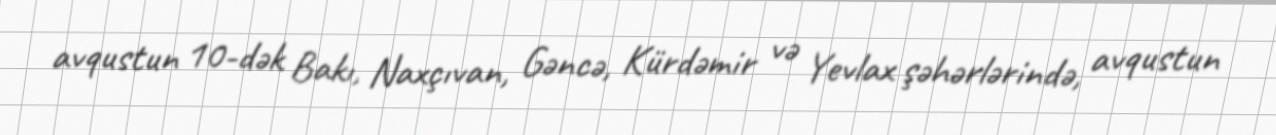
avqustun 10-dək Bakı, Naxçıvan, Gəncə, Kürdəmir və Yevlax şəhərlərində, avqustun